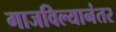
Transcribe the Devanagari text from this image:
गाजविल्यानंतर